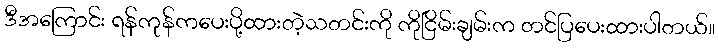
ဒီအကြောင်း ရန်ကုန်ကပေးပို့ထားတဲ့သတင်းကို ကိုငြိမ်းချမ်းက တင်ပြပေးထားပါတယ်။